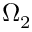
\Omega _ { 2 }